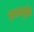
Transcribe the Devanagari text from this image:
राजमुद्रेत